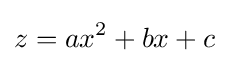
z=ax^{2}+bx+c